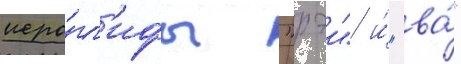
иеро́гл'ифы "рэи" и́ "ва́"